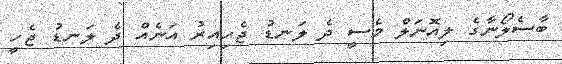
ބާސެލޯނާގެ ލިއޮނަލް މެސީ ދެ ލަނޑު ޖެހިއިރު އަނެއް ދެ ލަނޑު ޖެހީ